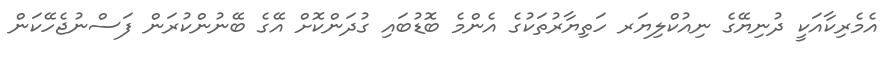
އެމެރިކާއަކީ ދުނިޔޭގެ ނިއުކްލިޔަރ ހަތިޔާރުތަކުގެ އެންމެ ބޮޑުބައި ގުދަންކޮށް އޭގެ ބޭނުންކުރަން ފަސްނުޖެހޭކަން